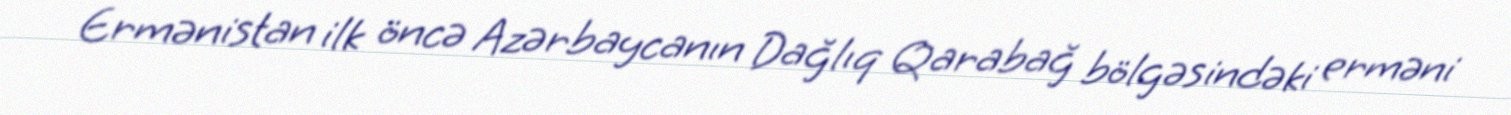
Ermənistan ilk öncə Azərbaycanın Dağlıq Qarabağ bölgəsindəki erməni